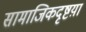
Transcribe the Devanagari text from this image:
सामाजिकदृष्टय़ा